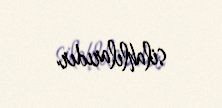
silahlılarıdır.